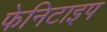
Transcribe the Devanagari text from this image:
फेनिटाइप